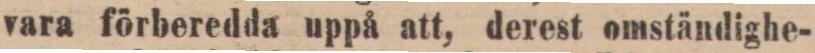
vara förberedda uppå att, derest omständighe-